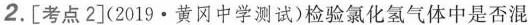
2.[考点2](2019·黄冈中学测试)检验氯化氢气体中是否混